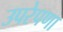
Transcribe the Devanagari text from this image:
उपरेपणा